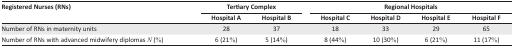
| <ROWSPAN=2> Registered Nurses (RNs) | <COLSPAN=2> Tertiary Complex | <COLSPAN=4> Regional Hospitals |
 |  | Hospital A | Hospital B | Hospital C | Hospital D | Hospital E | Hospital F |
 | --- | --- | --- | --- | --- | --- | --- |
 | Number of RNs in maternity units | 28 | 37 | 18 | 33 | 29 | 65 |
 | Number of RNs with advanced midwifery diplomas N (%) | 6 (21%) | 5 (14%) | 8 (44%) | 10 (30%) | 6 (21%) | 11 (17%) |